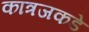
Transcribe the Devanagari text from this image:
कात्रजकडे